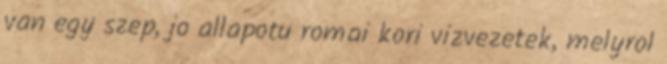
van egy szep, jo allapotu romai kori vizvezetek, melyrol